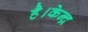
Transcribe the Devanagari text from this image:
है।केन्द्र